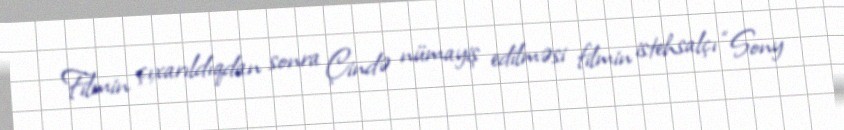
Filmin çıxarıldıqdan sonra Çində nümayiş edilməsi filmin istehsalçı “Sony